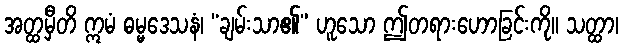
အတ္ထမှီတိ ဣမံ ဓမ္မဒေသနံ၊ “ချမ်းသာ၏” ဟူသော ဤတရားဟောခြင်းကို။ သတ္ထာ၊